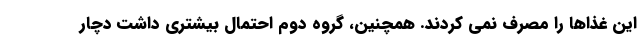
این غذاها را مصرف نمی کردند. همچنین، گروه دوم احتمال بیشتری داشت دچار